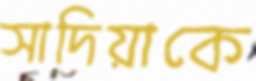
সাদিয়াকে